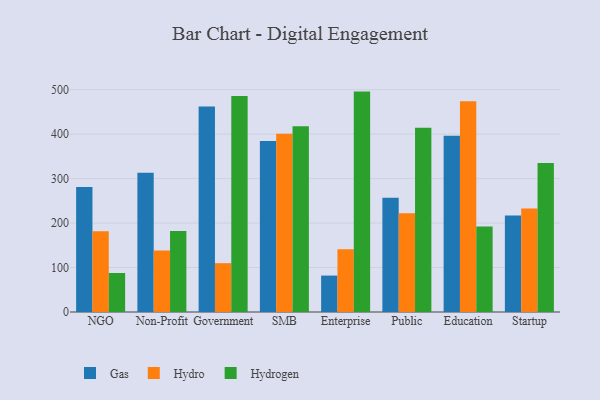
{"axis": {"x": "Segment", "y": "Population (Million)"}, "legend": ["Gas", "Hydro", "Hydrogen"], "data": [{"x": "NGO", "y": 281.3, "type": "Gas"}, {"x": "NGO", "y": 181.5, "type": "Hydro"}, {"x": "NGO", "y": 87.7, "type": "Hydrogen"}, {"x": "Non-Profit", "y": 312.9, "type": "Gas"}, {"x": "Non-Profit", "y": 138.5, "type": "Hydro"}, {"x": "Non-Profit", "y": 182.1, "type": "Hydrogen"}, {"x": "Government", "y": 462.0, "type": "Gas"}, {"x": "Government", "y": 109.8, "type": "Hydro"}, {"x": "Government", "y": 485.6, "type": "Hydrogen"}, {"x": "SMB", "y": 384.4, "type": "Gas"}, {"x": "SMB", "y": 401.1, "type": "Hydro"}, {"x": "SMB", "y": 417.6, "type": "Hydrogen"}, {"x": "Enterprise", "y": 81.9, "type": "Gas"}, {"x": "Enterprise", "y": 141.0, "type": "Hydro"}, {"x": "Enterprise", "y": 495.6, "type": "Hydrogen"}, {"x": "Public", "y": 256.8, "type": "Gas"}, {"x": "Public", "y": 222.1, "type": "Hydro"}, {"x": "Public", "y": 414.2, "type": "Hydrogen"}, {"x": "Education", "y": 396.4, "type": "Gas"}, {"x": "Education", "y": 473.7, "type": "Hydro"}, {"x": "Education", "y": 192.3, "type": "Hydrogen"}, {"x": "Startup", "y": 217.0, "type": "Gas"}, {"x": "Startup", "y": 232.7, "type": "Hydro"}, {"x": "Startup", "y": 335.2, "type": "Hydrogen"}]}